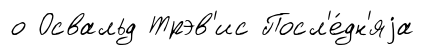
о Освальд Трэв'ис Посл'е́дн'яjа